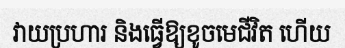
វាយប្រហារ និងធ្វើឱ្យខូចមេជីវិត ហើយ